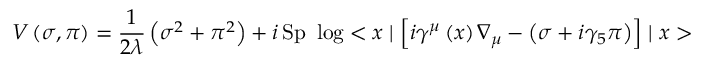
V \left( \sigma , \pi \right) = \frac { 1 } { 2 \lambda } \left( \sigma ^ { 2 } + \pi ^ { 2 } \right) + i \, \mathrm { S p } \ \log < x \mid \left[ i \gamma ^ { \mu } \left( x \right) \nabla _ { \mu } - \left( \sigma + i \gamma _ { 5 } \pi \right) \right] \mid x >